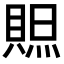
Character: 𧶨